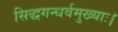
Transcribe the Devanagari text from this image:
सिद्धगन्धर्वमुख्याः।